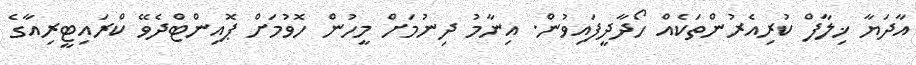
އާދަޔާ ޚިލާފް ކުރިއެރުންތަކެއް ހޯދާދީފައިވުން. އިނާމު ދިނުމަށް މީހުން ހޮވުމަށް ޕޮއިންޓްދެވޭ ކްރައިޓީރިއާގެ